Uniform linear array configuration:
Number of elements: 48
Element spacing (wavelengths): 0.5
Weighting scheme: binomial
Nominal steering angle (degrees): -45
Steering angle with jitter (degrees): -44.049
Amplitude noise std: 0.05
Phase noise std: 0.05

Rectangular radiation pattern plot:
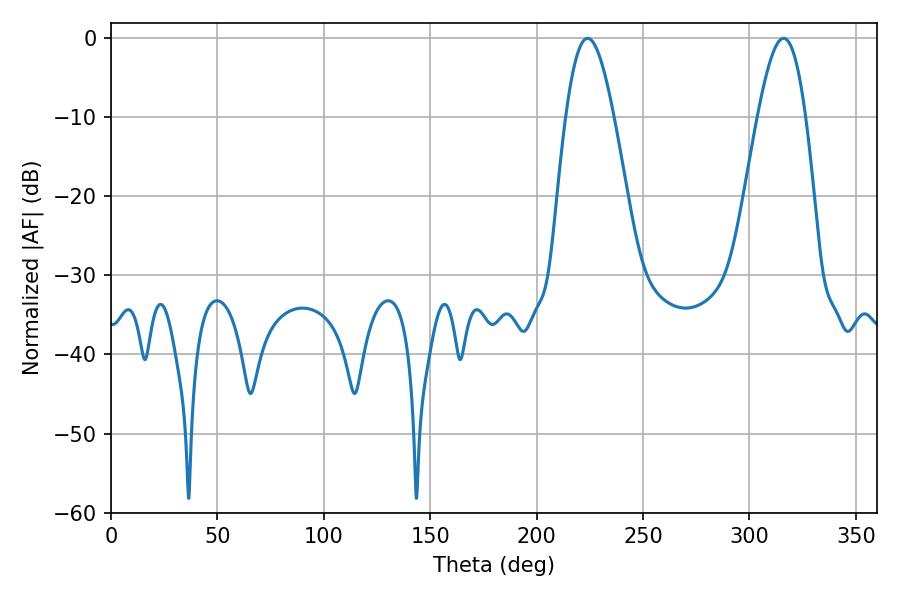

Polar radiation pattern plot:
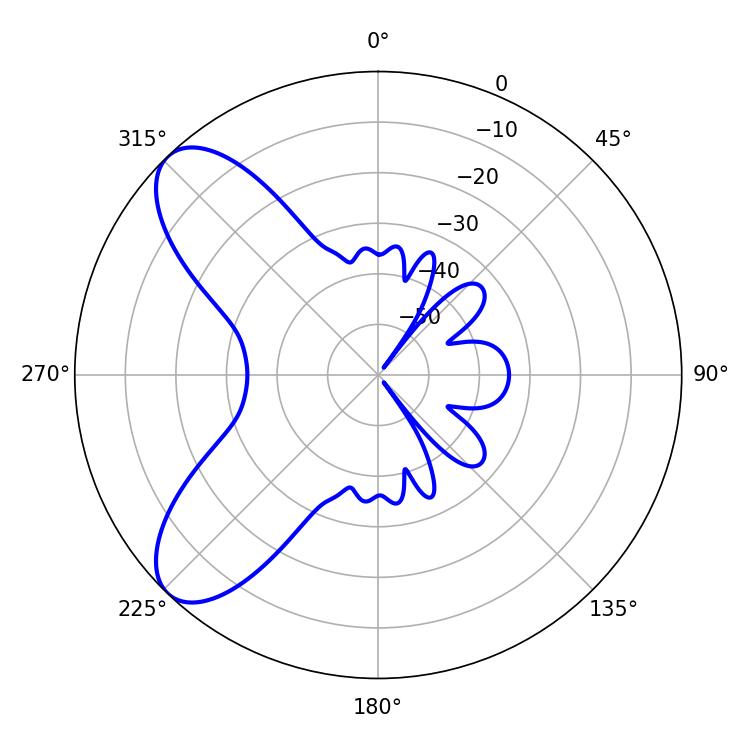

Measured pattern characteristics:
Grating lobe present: FALSE
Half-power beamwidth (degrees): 12.24
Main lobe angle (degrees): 223.92